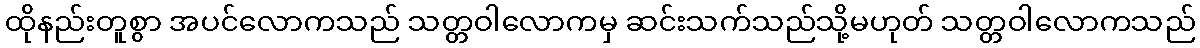
ထိုနည်းတူစွာ အပင်လောကသည် သတ္တဝါလောကမှ ဆင်းသက်သည်သို့မဟုတ် သတ္တဝါလောကသည်